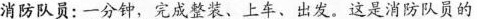
消防队员：一分钟，完成整装、上车、出发。这是消防队员的